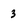
Character: 3